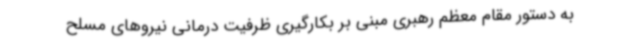
به دستور مقام معظم رهبری مبنی بر بکارگیری ظرفیت درمانی نیروهای مسلح